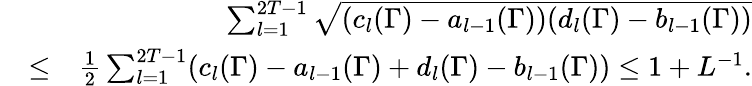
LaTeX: \begin{array}{rlr}&{}&{\sum_{l=1}^{2T-1}\sqrt{(c_{l}(\Gamma)-a_{l-1}(\Gamma))(d_{l}(\Gamma)-b_{l-1}(\Gamma))}}\\ &{\leq}&{\frac{1}{2}\sum_{l=1}^{2T-1}(c_{l}(\Gamma)-a_{l-1}(\Gamma)+d_{l}(\Gamma)-b_{l-1}(\Gamma))\leq 1+L^{-1}.}\end{array}